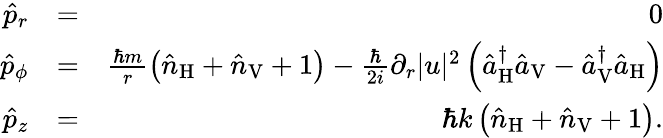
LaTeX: \begin{array}{rlr}{\hat{p}_{r}}&{=}&{0}\\ {\hat{p}_{\phi}}&{=}&{\frac{\hbar m}{r}\left(\hat{n}_{\mathrm{H}}+\hat{n}_{\mathrm{V}}+1\right)-\frac{\hbar}{2i}\partial_{r}|u|^{2}\left(\hat{a}_{\mathrm{H}}^{\dagger}\hat{a}_{\mathrm{V}}-\hat{a}_{\mathrm{V}}^{\dagger}\hat{a}_{\mathrm{H}}\right)}\\ {\hat{p}_{z}}&{=}&{\hbar k\left(\hat{n}_{\mathrm{H}}+\hat{n}_{\mathrm{V}}+1\right).}\end{array}